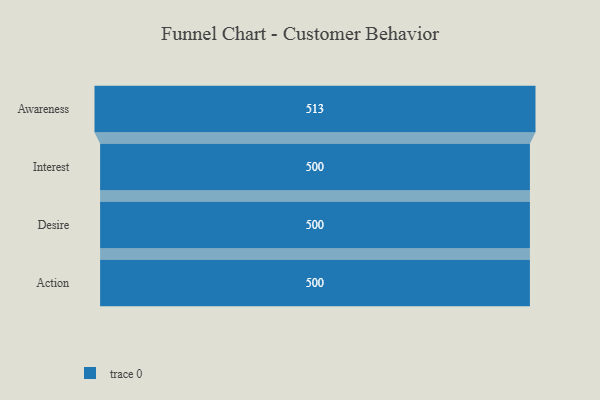
{"axis": {"x": "Stage", "y": "Value"}, "legend": [""], "data": [{"x": "Awareness", "y": 513.0, "type": ""}, {"x": "Interest", "y": 500, "type": ""}, {"x": "Desire", "y": 500, "type": ""}, {"x": "Action", "y": 500, "type": ""}]}